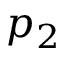
p _ { 2 }